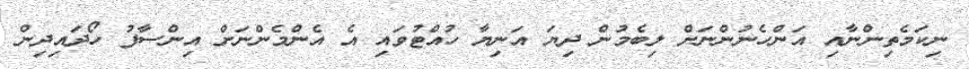
ނިކަމެތިންނާއި އަންހެނުންނަށް ލިބެމުން ދިޔަ އަނިޔާ ހުއްޓުވައި އެ އެންމެންނަށް އިންސާފު ހޯދައިދިން